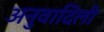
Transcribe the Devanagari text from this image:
अनुवादिली